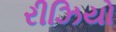
રીઝિયો